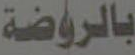
بالروضة